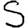
Digit: 5